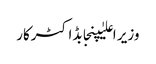
وزیر اعلیٰپنجابڈاکٹرکار